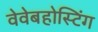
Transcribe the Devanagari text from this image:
वेवेबहोस्टिंग